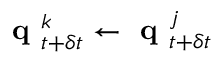
\textbf { q } _ { t + \delta t } ^ { k } \leftarrow \textbf { q } _ { t + \delta t } ^ { j }